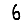
Digit: 6